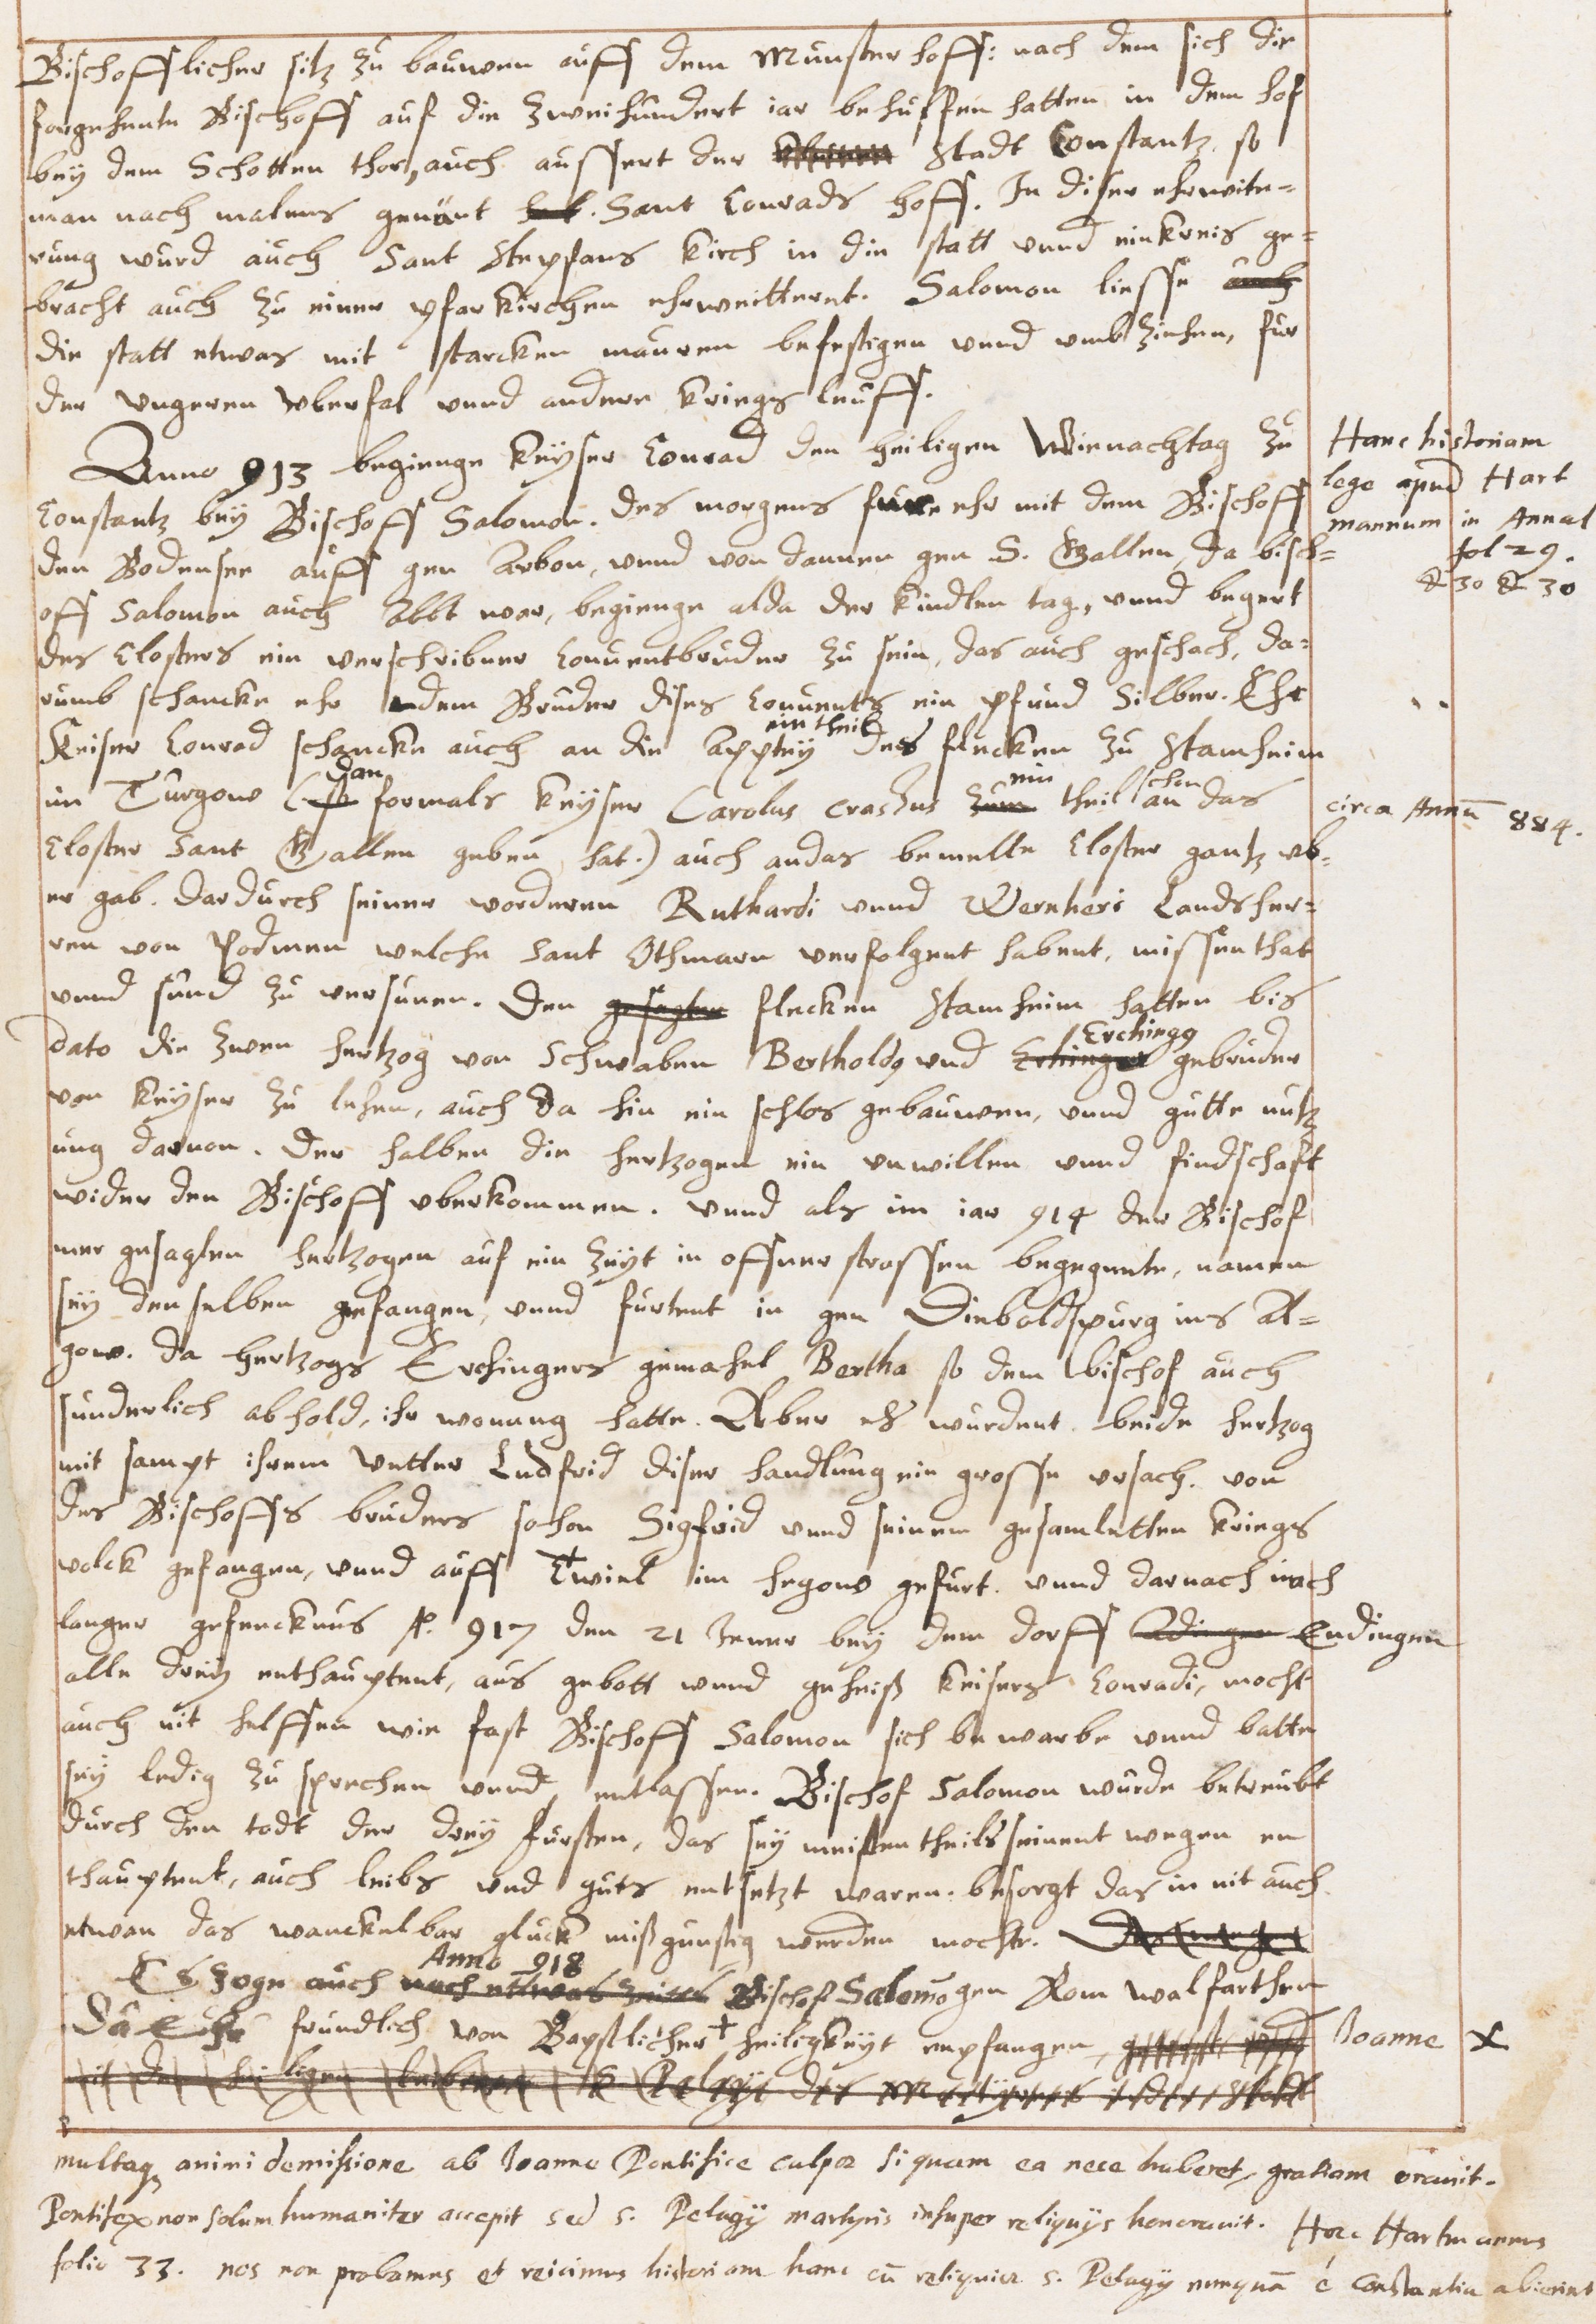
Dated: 1629–1659